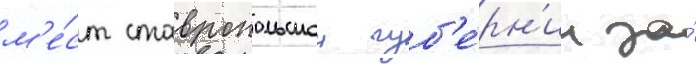
м'е́ст ставропольскои губ'е́рн'ии за́